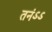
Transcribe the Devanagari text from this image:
तनंऽऽ